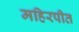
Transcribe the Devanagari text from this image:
महिरपीत